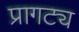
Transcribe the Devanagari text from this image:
प्रागट्य